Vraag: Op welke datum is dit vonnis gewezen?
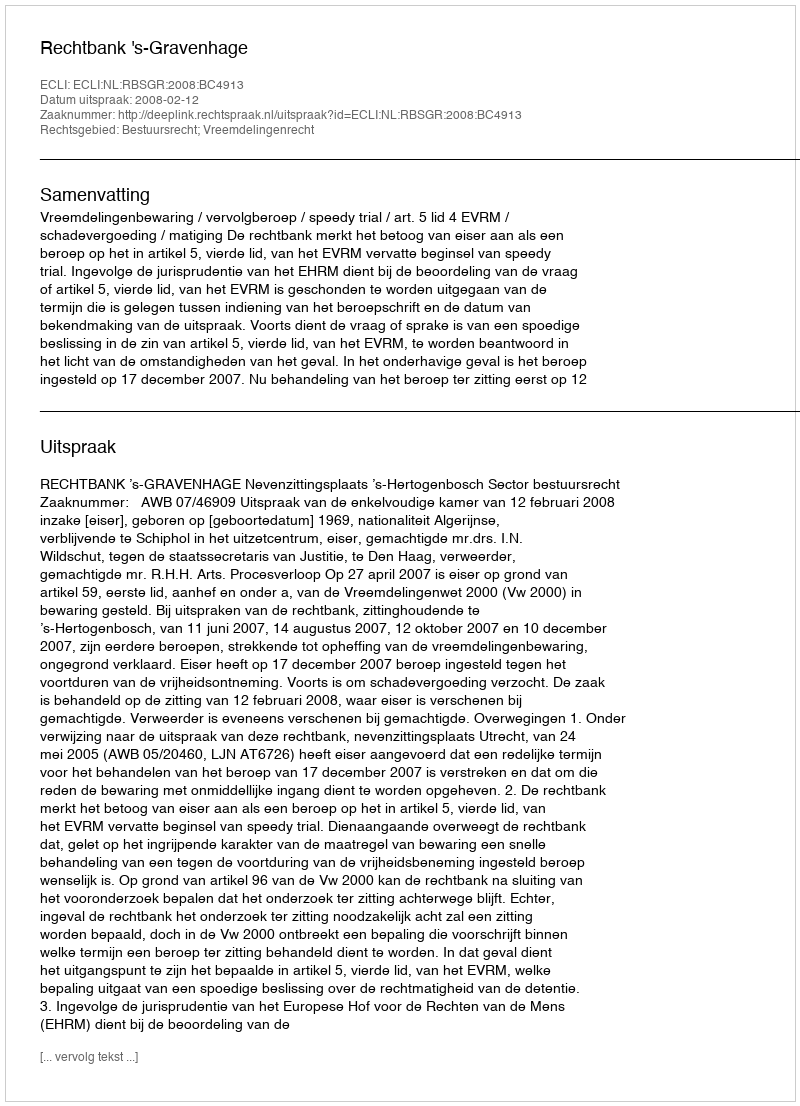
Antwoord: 2008-02-12